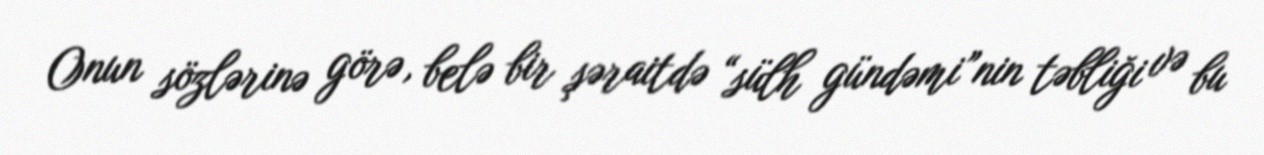
Onun sözlərinə görə, belə bir şəraitdə “sülh gündəmi”nin təbliği və bu